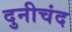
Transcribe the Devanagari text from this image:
दुनीचंद